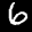
Label: 6